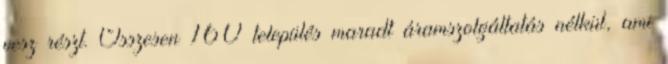
vesz részt. Összesen 160 település maradt áramszolgáltatás nélkül, ami